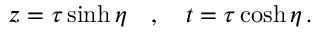
z = \tau \sinh \eta \quad , \quad t = \tau \cosh \eta \, .